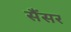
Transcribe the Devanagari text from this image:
सैंसर